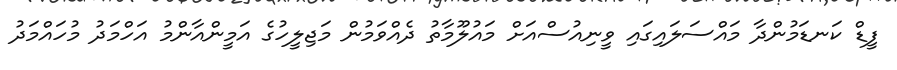
ފީޑް ކަނޑަމުންދާ މައްސަލައިގައި ވީނިއުސްއަށް މައުލޫމާތު ދެއްވަމުން މަޖިލީހުގެ އަމީންއާންމު އަހްމަދު މުހައްމަދު